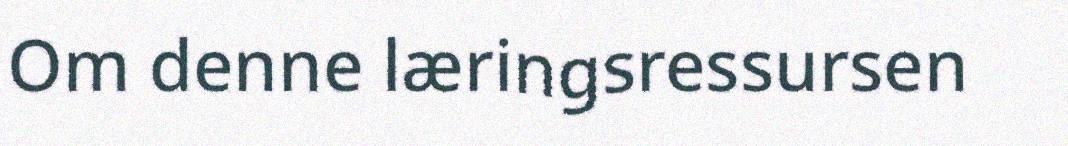
Om denne læringsressursen